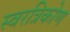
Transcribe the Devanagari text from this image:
स्वरत्रिकोण